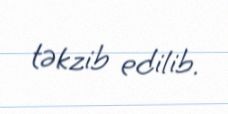
təkzib edilib.